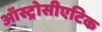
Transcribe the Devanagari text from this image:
ऑस्ट्रोसीएटिक